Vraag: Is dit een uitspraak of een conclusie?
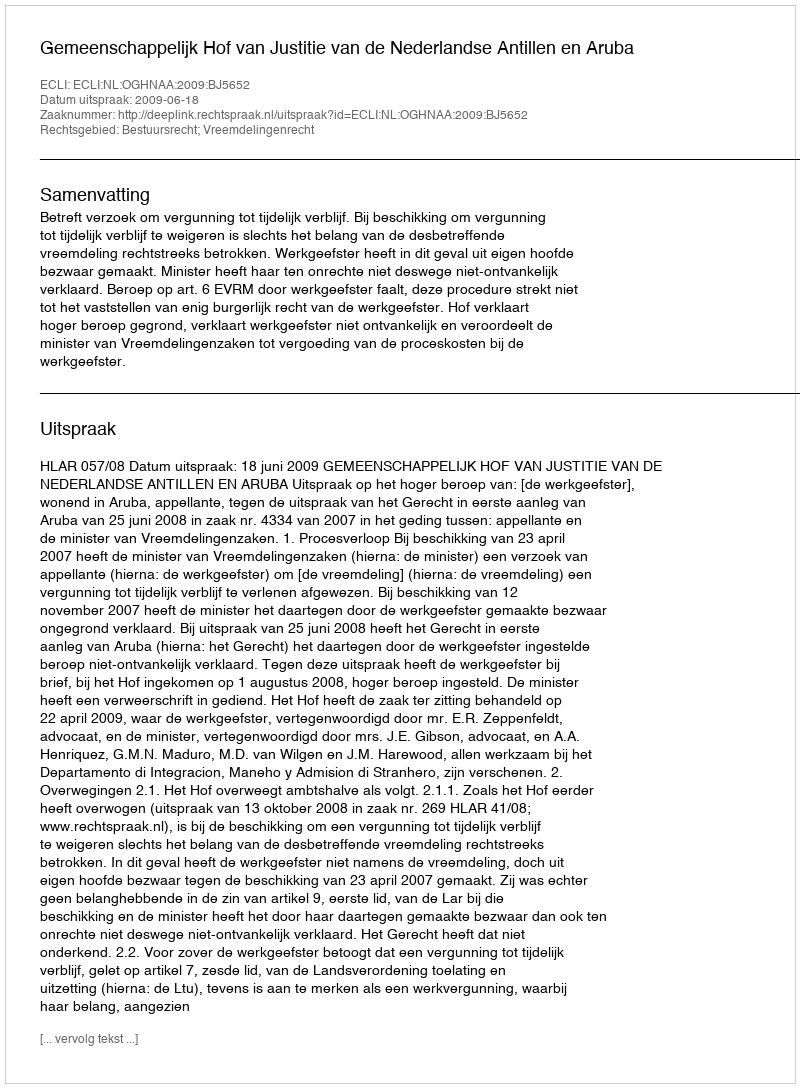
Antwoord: Uitspraak